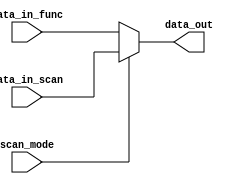
//----------------------------------------------------------------------------
// Copyright (C) 2009 , Olivier Girard
//
// Redistribution and use in source and binary forms, with or without
// modification, are permitted provided that the following conditions
// are met:
//     * Redistributions of source code must retain the above copyright
//       notice, this list of conditions and the following disclaimer.
//     * Redistributions in binary form must reproduce the above copyright
//       notice, this list of conditions and the following disclaimer in the
//       documentation and/or other materials provided with the distribution.
//     * Neither the name of the authors nor the names of its contributors
//       may be used to endorse or promote products derived from this software
//       without specific prior written permission.
//
// THIS SOFTWARE IS PROVIDED BY THE COPYRIGHT HOLDERS AND CONTRIBUTORS "AS IS"
// AND ANY EXPRESS OR IMPLIED WARRANTIES, INCLUDING, BUT NOT LIMITED TO, THE
// IMPLIED WARRANTIES OF MERCHANTABILITY AND FITNESS FOR A PARTICULAR PURPOSE
// ARE DISCLAIMED. IN NO EVENT SHALL THE COPYRIGHT HOLDER OR CONTRIBUTORS BE
// LIABLE FOR ANY DIRECT, INDIRECT, INCIDENTAL, SPECIAL, EXEMPLARY,
// OR CONSEQUENTIAL DAMAGES (INCLUDING, BUT NOT LIMITED TO, PROCUREMENT OF
// SUBSTITUTE GOODS OR SERVICES; LOSS OF USE, DATA, OR PROFITS; OR BUSINESS
// INTERRUPTION) HOWEVER CAUSED AND ON ANY THEORY OF LIABILITY, WHETHER IN
// CONTRACT, STRICT LIABILITY, OR TORT (INCLUDING NEGLIGENCE OR OTHERWISE)
// ARISING IN ANY WAY OUT OF THE USE OF THIS SOFTWARE, EVEN IF ADVISED OF
// THE POSSIBILITY OF SUCH DAMAGE
//
//----------------------------------------------------------------------------
//
// *File Name: omsp_scan_mux.v
//
// *Module Description:
//                       Generic mux for scan mode
//
// *Author(s):
//              - Olivier Girard,    olgirard@gmail.com
//
//----------------------------------------------------------------------------
// $Rev: 103 $
// $LastChangedBy: olivier.girard $
// $LastChangedDate: 2011-03-05 15:44:48 +0100 (Sat, 05 Mar 2011) $
//----------------------------------------------------------------------------

module  omsp_scan_mux (

// OUTPUTs
    data_out,                      // Scan mux data output

// INPUTs
    data_in_scan,                  // Selected data input for scan mode
    data_in_func,                  // Selected data input for functional mode
    scan_mode                      // Scan mode
);

// OUTPUTs
//=========
output              data_out;      // Scan mux data output

// INPUTs
//=========
input               data_in_scan;  // Selected data input for scan mode
input               data_in_func;  // Selected data input for functional mode
input               scan_mode;     // Scan mode


//=============================================================================
// 1)  SCAN MUX
//=============================================================================

assign  data_out  =  scan_mode ? data_in_scan : data_in_func;


endmodule // omsp_scan_mux